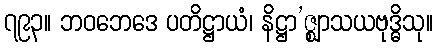
၇၉၃။ ဘဝဘေဒေ ပတိဋ္ဌာယံ၊ နိဋ္ဌာ’ဇ္ဈာသယဗုဒ္ဓိသု။